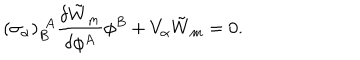
( \sigma _ { \alpha } ) _ { B } ^ { ~ ~ \! A } \frac { \delta \tilde { W } _ { m } } { \delta \phi ^ { A } } \phi ^ { B } + V _ { \alpha } \tilde { W } _ { m } = 0 .